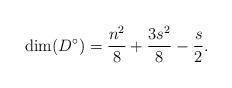
LaTeX: \begin{align*}\dim(D^\circ) =\frac{n^2}{8} + \frac{3s^2}{8} - \frac{s}{2}.\end{align*}